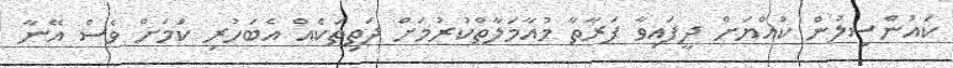
ކައުންސިލުން ކުއްޔަށް ދީފައިވާ ފަރާތާ މުއާމަލާތްކުރުމަށް ދަތިތަކެއް އެބަހުރި ކަމަށް ވެސް އޭނާ